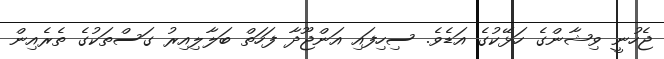
ޖެހުނީ ވިޝާންގެ ހަޅޭކުގެ އަޑެވެ. ސިހިފައި އަންޖޫދާ ފަހަތް ބަލާލިއިރު ގަސްތަކުގެ ތެރެއިން